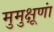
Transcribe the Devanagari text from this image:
मुमुक्षूणां